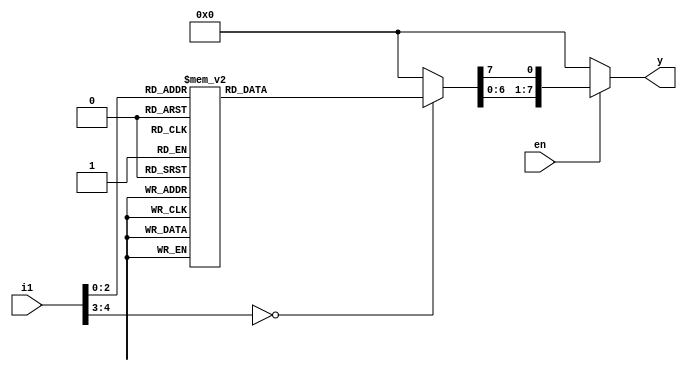
module decoder_3x8(en,i1,y);

  input [4:0] i1;
  input en;
  output reg [7:0] y;
  

  always @(i1 or en)
	begin
if (en) 

 begin
   y=8'd0;

   case (i1)
       3'b000: y[0]=1'b1;
       3'b001: y[1]=1'b1;
       3'b010: y[2]=1'b1;
       3'b011: y[3]=1'b1;
       3'b100: y[4]=1'b1;
       3'b101: y[5]=1'b1;
       3'b110: y[6]=1'b1;
       3'b111: y[7]=1'b1;
       default: y=8'd0;
    endcase
      end
else 
y=8'd0;

end
endmodule